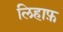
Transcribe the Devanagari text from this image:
लिहाफ़